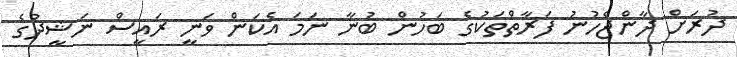
ދުރަށް ދާންޖެހުނު ފަރާތްތަކުގެ ބަހުން ބުނާ ނަމަ އެކަން ވަނީ ރައީސް ނަޝީދުގެ